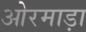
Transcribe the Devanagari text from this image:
ओरमाड़ा